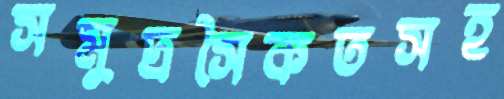
সমুদ্রসৈকতসহ